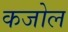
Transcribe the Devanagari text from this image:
कजोल